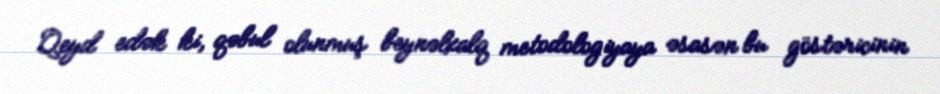
Qeyd edək ki, qəbul olunmuş beynəlxalq metodologiyaya əsasən bu göstəricinin